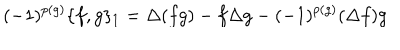
( - 1 ) ^ { p ( g ) } \{ f , g \} _ { 1 } = \Delta ( f g ) - f \Delta g - ( - 1 ) ^ { p ( g ) } ( \Delta f ) g